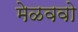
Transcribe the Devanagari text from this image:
मेळववो